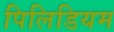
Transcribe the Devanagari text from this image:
पिलिडियम